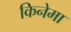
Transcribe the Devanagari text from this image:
किनेमा